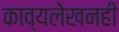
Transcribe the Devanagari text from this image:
काव्यलेखनही